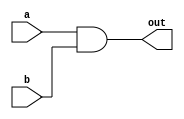
module andgate16(a, b, out);
    input [15:0] a, b;
    output [15:0] out;
    assign out = a & b;
endmodule